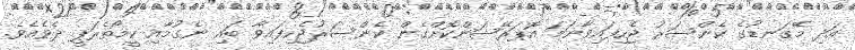
އަދި މޭގަނޑުގެ ކެންސަރު ޖެހިފައިވާނަމަ އޮޕަރޭޝަންކޮށްގެން ކެންސަރުޖެހިފައިވާ ބައި ނެގުމާއި ކީމޯތެރަޕީ ދެވެއެވެ.